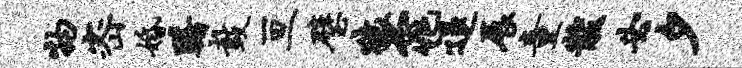
物密婚躇鼓亘璧猿窕退展童黻必夕